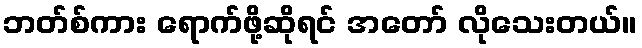
ဘတ်စ်ကား ရောက်ဖို့ဆိုရင် အတော် လိုသေးတယ်။